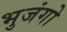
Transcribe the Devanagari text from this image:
भुजंगो